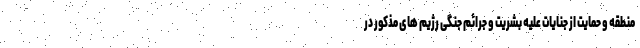
منطقه و حمایت از جنایات علیه بشریت و جرائم جنگی رژیم های مذکور در